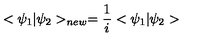
< \psi _ { 1 } | \psi _ { 2 } > _ { n e w } = \frac { 1 } { i } < \psi _ { 1 } | \psi _ { 2 } >